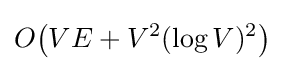
O{\bigl (}VE+V^{2}(\log V)^{2}{\bigr )}